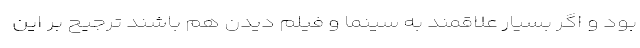
بود و اگر بسیار علاقمند به سینما و فیلم دیدن هم باشند ترجیح بر این